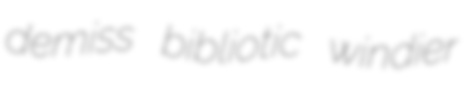
demiss bibliotic windier